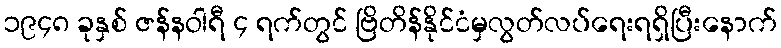
၁၉၄၈ ခုနှစ် ဇန်နဝါရီ ၄ ရက်တွင် ဗြိတိန်နိုင်ငံမှလွတ်လပ်ရေးရရှိပြီးနောက်